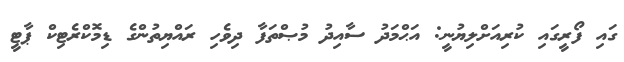
ގައި ފޯރީގައި ކުރިއަށްލިޔުނީ: އަޙްމަދު ސާއިދު މުޞްތަފާ ދިވެެހި ރައްޔިތުންގެ ޑިމޮކްރެޓިކް ޕާޓީ